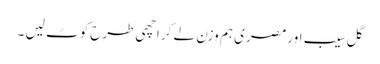
گل سیب اور مصری ہم وزن لے کر اچھی طرح کوٹ لیں ۔